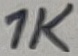
Text: 1K